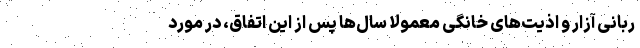
ربانیِ آزار و اذیت‌های خانگی معمولا سال‌ها پس از این اتفاق، در مورد